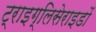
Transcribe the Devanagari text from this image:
ट्राइग्लिसेराइडों